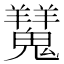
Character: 𩴨